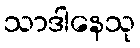
သာဒါနေသု